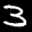
Label: 3